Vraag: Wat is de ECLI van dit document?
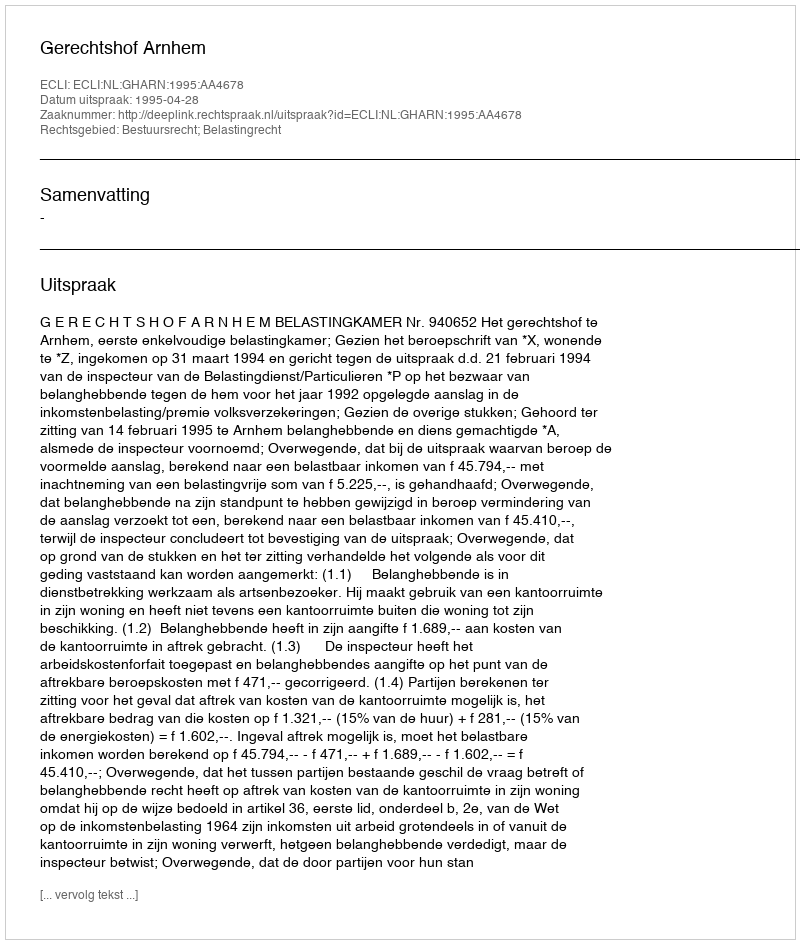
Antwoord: ECLI:NL:GHARN:1995:AA4678